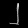
Digit: ၂